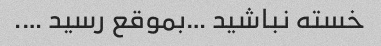
خسته نباشید …بموقع رسید ….